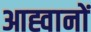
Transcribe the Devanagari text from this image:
आह्वानों